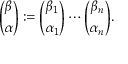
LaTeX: { \binom { \beta } { \alpha } } : = { \binom { \beta _ { 1 } } { \alpha _ { 1 } } } \cdots { \binom { \beta _ { n } } { \alpha _ { n } } } .